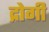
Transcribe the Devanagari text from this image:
द्रोगी